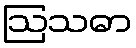
ဩသဓာ